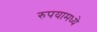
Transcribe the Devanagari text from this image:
रुपयामध्ये